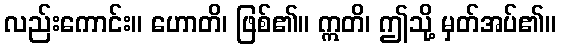
လည်းကောင်း။ ဟောတိ၊ ဖြစ်၏။ ဣတိ၊ ဤသို့ မှတ်အပ်၏။